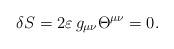
LaTeX: \begin{align*}\delta S=2\varepsilon\,g_{\mu\nu}\Theta^{\mu\nu}=0.\end{align*}